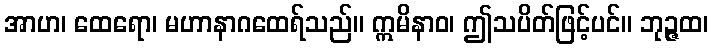
အာဟ၊ ထေရော၊ မဟာနာဂထေရ်သည်။ ဣမိနာဝ၊ ဤသပိတ်ဖြင့်ပင်။ ဘုဉ္ဇထ၊